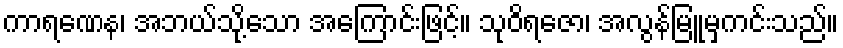
ကာရဏေန၊ အဘယ်သို့သော အကြောင်းဖြင့်။ သုဝိရဇော၊ အလွန်မြူမှကင်းသည်။